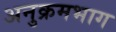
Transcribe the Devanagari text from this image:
अनुक्रमभाग